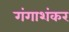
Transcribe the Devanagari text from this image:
गंगाशंकर